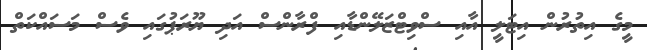
މީގެ އިތުރުން އިޓަލީ އާއި ސްވިޓްޒަލޭންޑާއި ފްރާންސް އަދި ޔޫރަޕުގައި ވެސް މަސައްކަތް